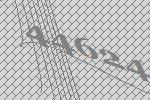
44624